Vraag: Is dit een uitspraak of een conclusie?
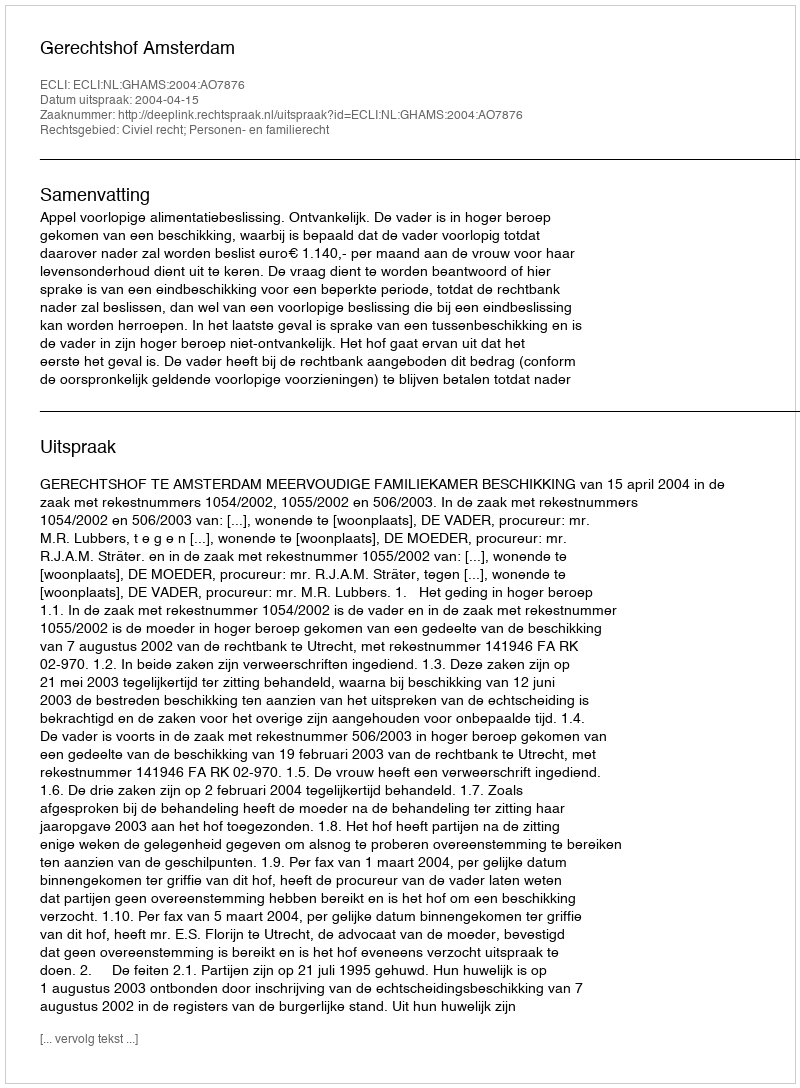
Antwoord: Uitspraak